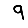
Digit: 9